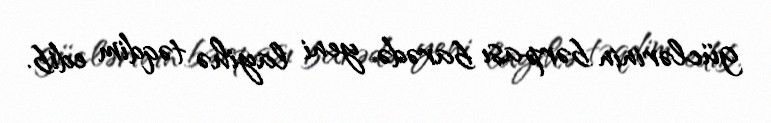
güclərinin bərpası barədə yeni layihə təqdim edib.